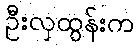
ဦးလှထွန်းက